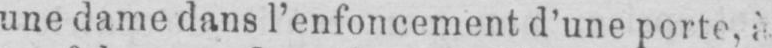
une dame dans l’enfoncement d’une porte, à